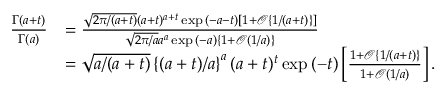
\begin{array} { r l } { \frac { \Gamma ( a + t ) } { \Gamma ( a ) } } & { = \frac { \sqrt { 2 \pi / ( a + t ) } ( a + t ) ^ { a + t } \exp { ( - a - t ) } \left[ 1 + \mathcal { O } \{ 1 / ( a + t ) \} \right] } { \sqrt { 2 \pi / a } a ^ { a } \exp { ( - a ) } \left\{ 1 + \mathcal { O } ( 1 / a ) \right\} } } \\ & { = \sqrt { a / ( a + t ) } \left\{ ( a + t ) / a \right\} ^ { a } ( a + t ) ^ { t } \exp { ( - t ) } \left[ \frac { 1 + \mathcal { O } \{ 1 / ( a + t ) \} } { 1 + \mathcal { O } ( 1 / a ) } \right] . } \end{array}